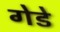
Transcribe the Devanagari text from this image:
गेडे